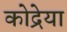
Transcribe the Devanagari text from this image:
कोद्रेया